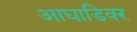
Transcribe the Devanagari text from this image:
आघाडिवर